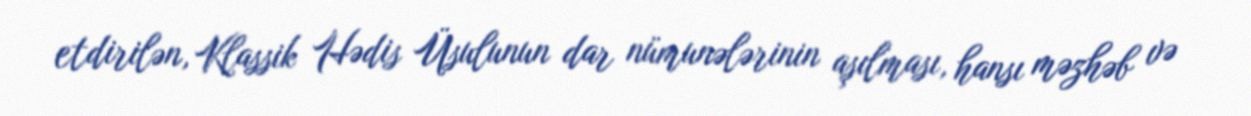
etdirilən, Klassik Hədis Üsulunun dar nümunələrinin aşılması, hansı məzhəb və